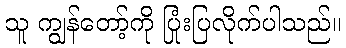
သူ ကျွန်တော့်ကို ပြုံးပြလိုက်ပါသည်။